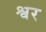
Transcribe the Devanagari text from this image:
श्वर